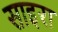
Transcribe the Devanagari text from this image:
साइरा